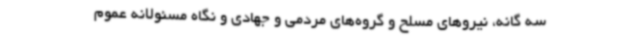
سه گانه، نیروهای مسلح و گروه‌های مردمی و جهادی و نگاه مسئولانه عموم